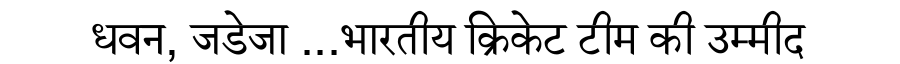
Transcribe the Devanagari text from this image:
धवन, जडेजा ...भारतीय क्रिकेट टीम की उम्मीद